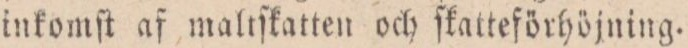
inkomſt af maltſkatten och ſkatteförhöjning.